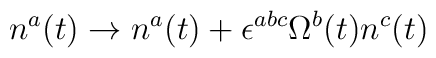
n^{a}(t) \rightarrow n^{a}(t) + \epsilon^{abc} \Omega^{b}(t)n^{c}(t)